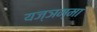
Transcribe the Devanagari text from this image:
यज्ञम्मा